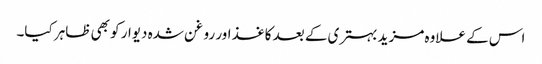
اس کے علاوہ مزید بہتری کے بعد کاغذ اور روغن شدہ دیوار کو بھی ظاہر کیا۔